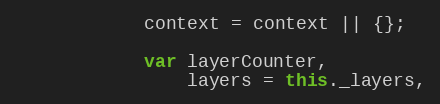
Language: JavaScript
            context = context || {};

            var layerCounter,
                layers = this._layers,